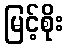
မြင့်စိုး